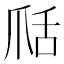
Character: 𦧍